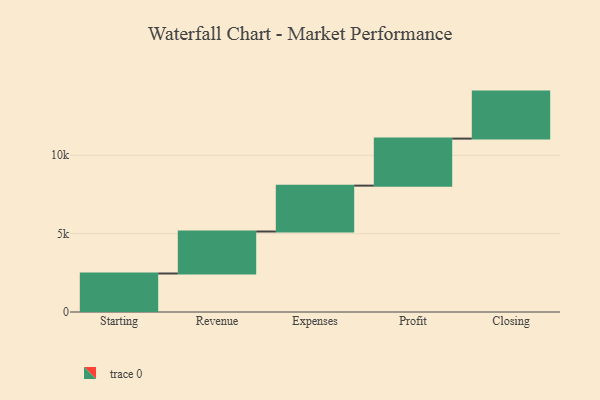
{"axis": {"x": "Step", "y": "Value"}, "legend": [""], "data": [{"x": "Starting", "y": 2457.0, "type": ""}, {"x": "Revenue", "y": 2679.0, "type": ""}, {"x": "Expenses", "y": 2928.0, "type": ""}, {"x": "Profit", "y": 3000, "type": ""}, {"x": "Closing", "y": 3000, "type": ""}]}